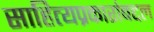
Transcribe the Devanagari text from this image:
साहित्यप्रकारांबद्दल